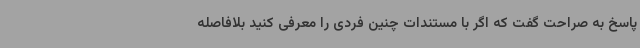
پاسخ به صراحت گفت که اگر با مستندات چنین فردی را معرفی کنید بلافاصله